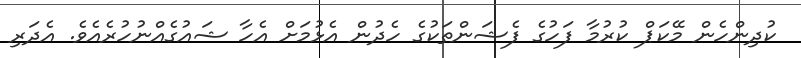
ކުދިންހެން މޭކަޕް ކުރުމާ ފަހުގެ ފެޝަންތަކުގެ ހެދުން އެޅުމަށް އެހާ ޝައުގެއްނުހުރެއެވެ. އެދަރި